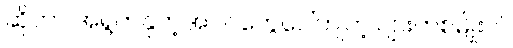
ဆိုတာ အရွက်နုတဲ့အပင်တွေပေါ်ကျတဲ့ ပျားတစ်မျိုးပါ။